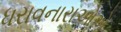
ધરાવનારાઓએ